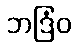
ဘဒြံဝ